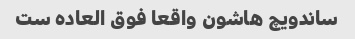
ساندویچ هاشون واقعا فوق العاده ست